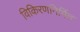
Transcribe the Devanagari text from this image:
विकिरणनिर्मित